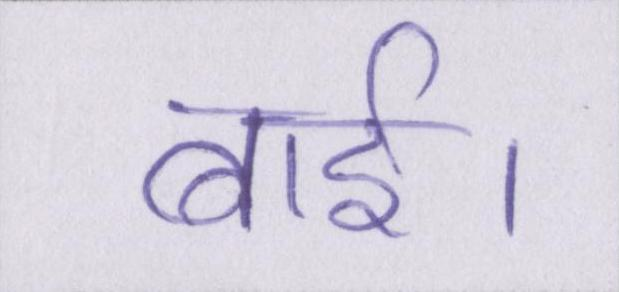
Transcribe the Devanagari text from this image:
बाई।